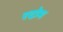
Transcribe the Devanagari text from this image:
रदोम